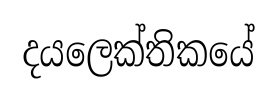
දයලෙක්තිකයේ